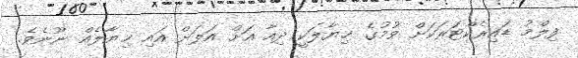
ފިލްމު ޑައިރެކްޓަރަކަށް ވުމުގެ ޚިޔާލަކީ ދިއާ އަށް އަލަށް އައި ޚިޔާލެއް ނޫނެވެ.